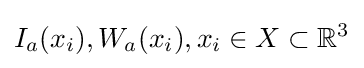
I_{a}(x_{i}),W_{a}(x_{i}),x_{i}\in X\subset {\mathbb {R} }^{3}